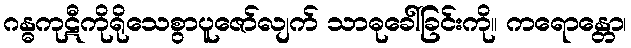
ဂန္ဓကုဋီကိုရိုသေစွာပူဇော်လျက် သာဓုခေါ်ခြင်းကို။ ကရောန္တော၊